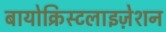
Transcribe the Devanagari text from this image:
बायोक्रिस्टलाइज़ेशन